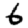
Digit: 6